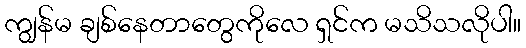
ကျွန်မ ချစ်နေတာတွေကိုလေ ရှင်က မသိသလိုပါ။